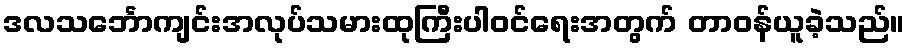
ဒလသင်္ဘောကျင်းအလုပ်သမားထုကြီးပါဝင်ရေးအတွက် တာဝန်ယူခဲ့သည်။